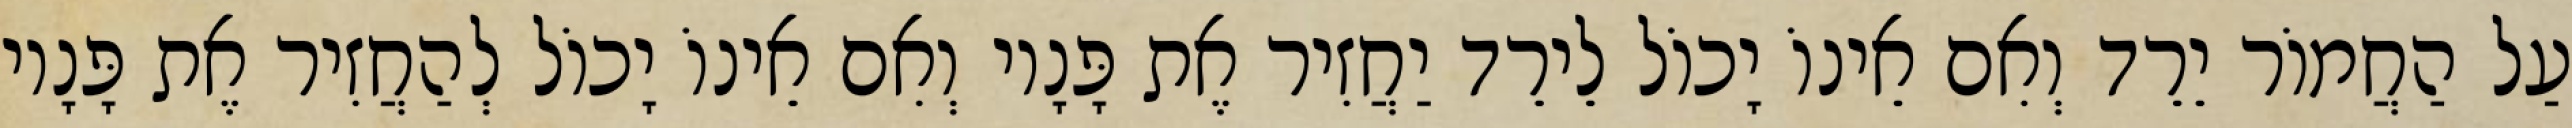
עַל הַחֲמוֹר יֵרֵד וְאִם אֵינוֹ יָכוֹל לֵירֵד יַחֲזִיר אֶת פָּנָיו וְאִם אֵינוֹ יָכוֹל לְהַחֲזִיר אֶת פָּנָיו